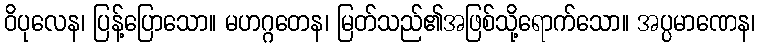
ဝိပုလေန၊ ပြန့်ပြောသော။ မဟဂ္ဂတေန၊ မြတ်သည်၏အဖြစ်သို့ရောက်သော။ အပ္ပမာဏေန၊